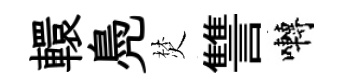
轘鳧焚讐囀